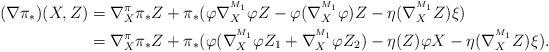
LaTeX: \begin{align*}(\nabla \pi_{*})(X,Z)&=\nabla^{\pi}_{X}\pi_{*}Z+\pi_{*}(\varphi\nabla^{^{M_1}}_{X}\varphi Z-\varphi(\nabla^{^{M_1}}_{X}\varphi)Z-\eta(\nabla^{^{M_1}}_{X}Z)\xi)\\&=\nabla^{\pi}_{X}\pi_{*}Z+\pi_{*}(\varphi(\nabla^{^{M_1}}_{X}\varphi Z_1+\nabla^{^{M_1}}_{X}\varphi Z_2)-\eta(Z)\varphi X-\eta(\nabla^{^{M_1}}_{X}Z)\xi).\end{align*}